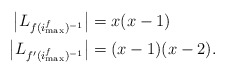
\begin{align*}\big|L_{f(i_{\max}^f)^{-1}}\big| & = x(x-1) \\\big|L_{f'(i_{\max}^f)^{-1}}\big| & = (x-1)(x-2).\end{align*}